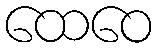
ထေဝေ